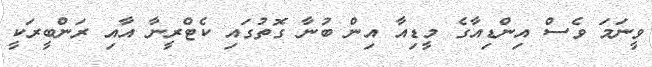
ވީނަމަ ވެސް އިންޑިއާގެ މީޑިއާ އިން ބުނާ ގޮތުގައި ކެޓްރީނާ އާއި ރަންބީރަކީ